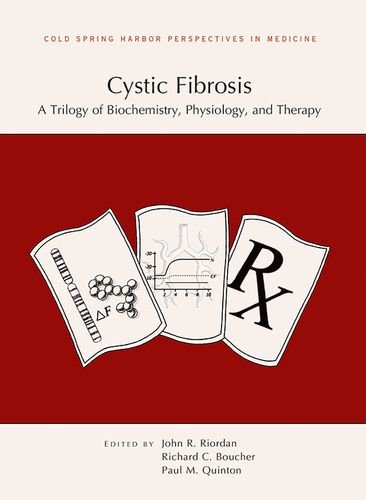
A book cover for Cystic Fibrosis: A Trilogy of Biochemistry, Physiology, and Therapy (Subject Collection from Cold Spring Harbor Perspectives in Medicine); Health, Fitness & Dieting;